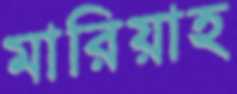
মারিয়াহ